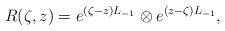
LaTeX: \begin{align*}R(\zeta,z)=e^{(\zeta - z) L_{-1}} \otimes e^{(z - \zeta) L_{-1}},\end{align*}